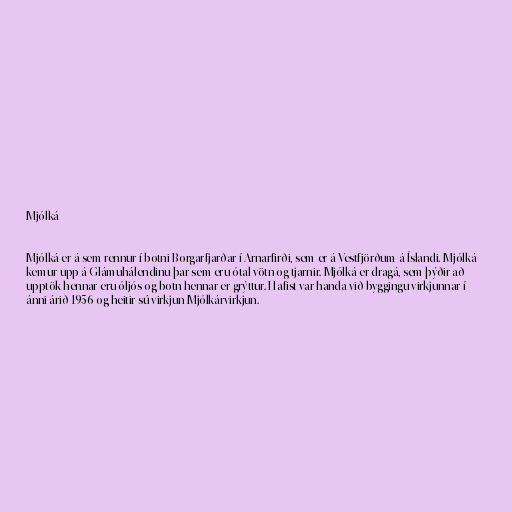
Mjólká

Mjólká er á sem rennur í botni Borgarfjarðar í Arnarfirði, sem er á Vestfjörðum á Íslandi. Mjólká
kemur upp á Glámuhálendinu þar sem eru ótal vötn og tjarnir. Mjólká er dragá, sem þýðir að
upptök hennar eru óljós og botn hennar er grýttur. Hafist var handa við byggingu virkjunnar í
ánni árið 1956 og heitir sú virkjun Mjólkárvirkjun.